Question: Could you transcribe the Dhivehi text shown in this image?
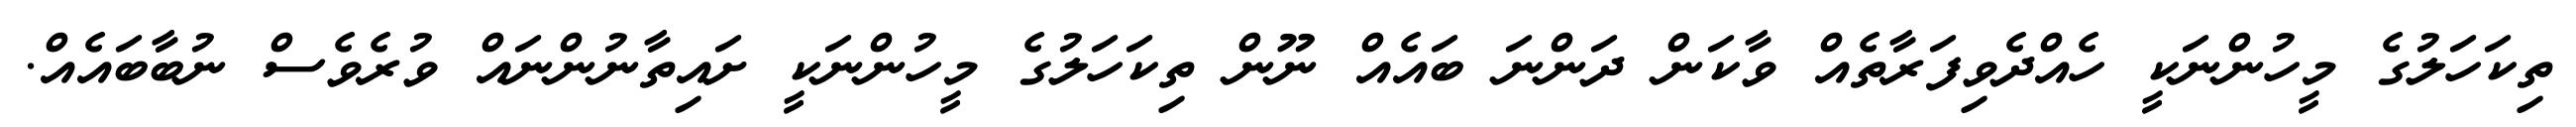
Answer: ތިކަހަލުގެ މީހުންނަކީ ހެއްދެވިފަރާތެއް ވާކަން ދަންނަ ބައެއް ނޫން ތިކަހަލުގެ މީހުންނަކީ ށައިތާނުންނައް ވުރެވެސް ނުބާބައެއް.